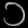
Digit: ၁